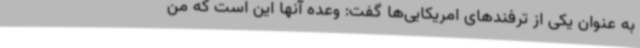
به عنوان یکی از ترفندهای امریکایی‌ها گفت: وعده آنها این است که من